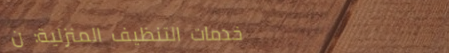
خدمات التنظيف المنزلية: ن